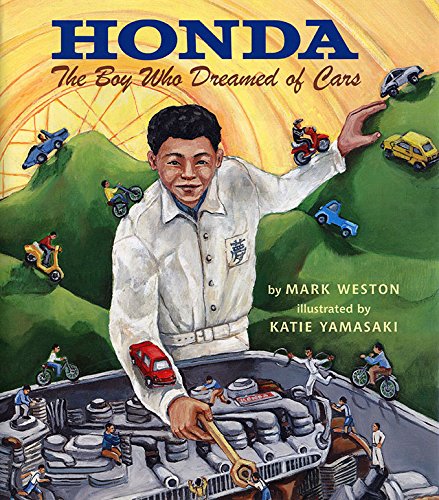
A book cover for Honda: The Boy Who Dreamed of Cars; Mark Weston; Children's Books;